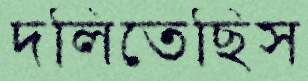
দলিতেছিস